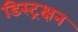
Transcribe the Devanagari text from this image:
डिस्ट्रक्षन